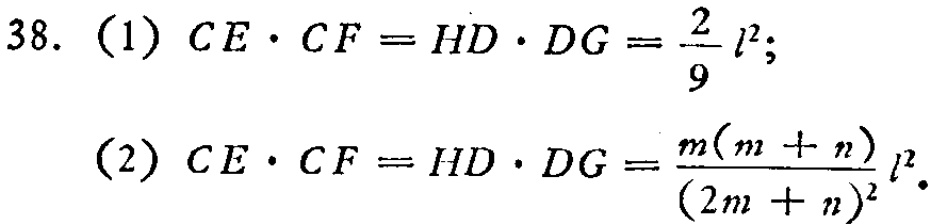
38. (1) \(CE\cdot CF = HD\cdot DG=\frac{2}{9}l^{2}\);
(2) \(CE\cdot CF = HD\cdot DG=\frac{m(m + n)}{(2m + n)^{2}}l^{2}\).